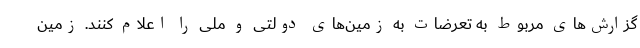
گزارش‌های مربوط به تعرضات به زمین‌های دولتی و ملی را اعلام کنند. زمین